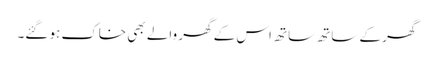
گھر کے ساتھ ساتھ اس کے گھر والے بھی خاک ہو گئے۔